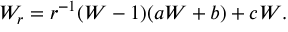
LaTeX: W _ { r } = r ^ { - 1 } ( W - 1 ) ( a W + b ) + c W .